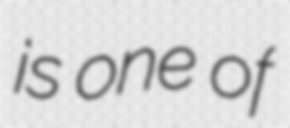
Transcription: is one of